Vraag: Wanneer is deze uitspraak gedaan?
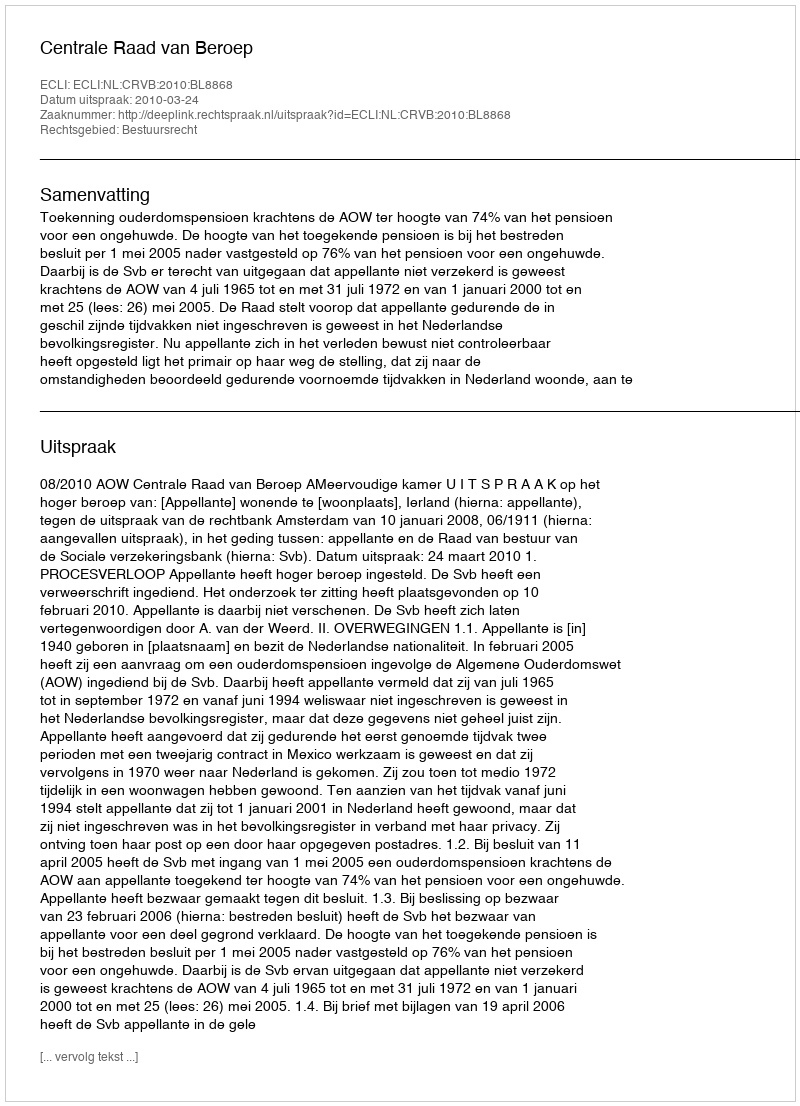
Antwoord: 2010-03-24